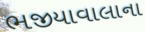
ભજીયાવાલાના